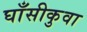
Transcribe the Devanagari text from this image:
घाँसीकुवा